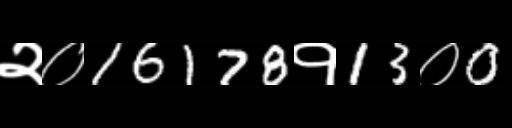
Text: २०16178१13०0